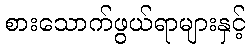
စားသောက်ဖွယ်ရာများနှင့်